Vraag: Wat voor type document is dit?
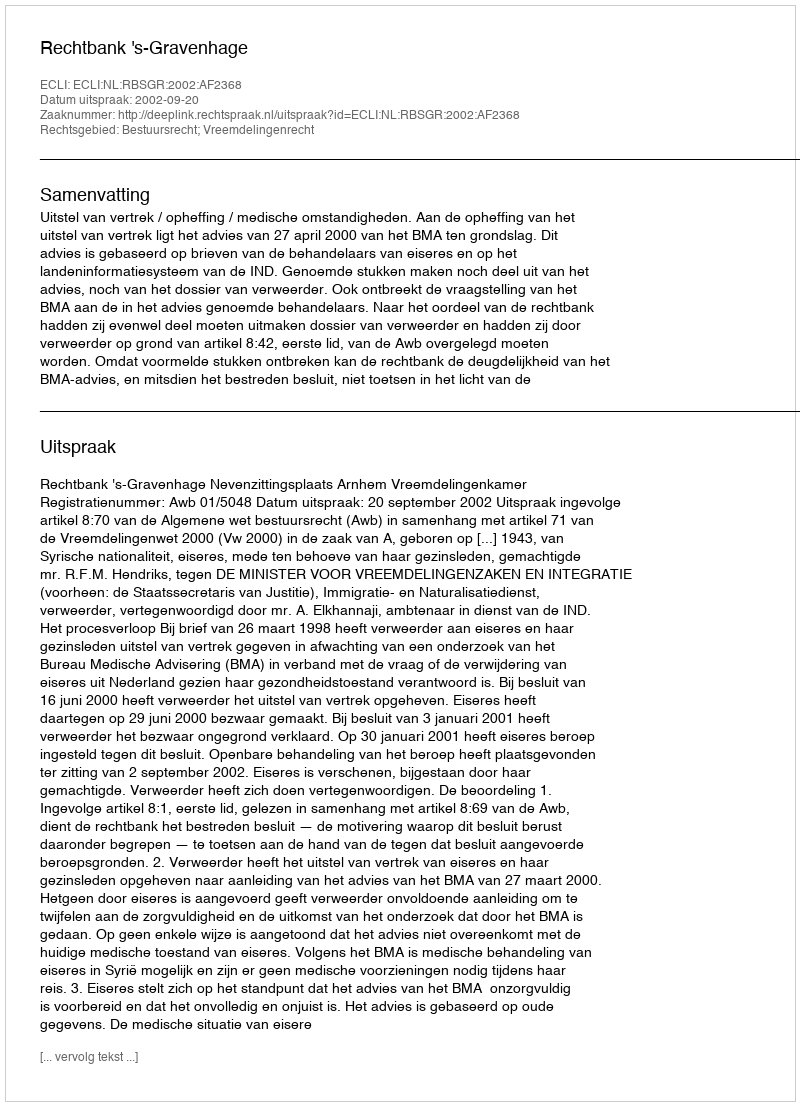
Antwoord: Uitspraak